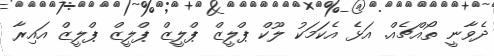
ދެވާނީ ތޯއްޗެއް. އަޅެ އެކަމަކު ލޫކް ޕްލީޒް ޕްލީޒް ޕްލީޒް ޕްލީޒް އައިރާ